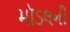
મૉડલની